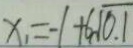
x _ { 1 } = - 1 + 6 \sqrt { 0 . 1 }